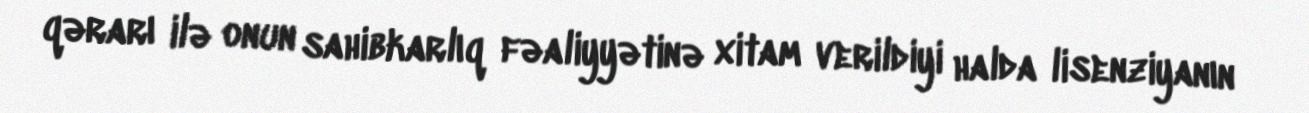
qərarı ilə onun sahibkarlıq fəaliyyətinə xitam verildiyi halda lisenziyanın